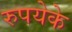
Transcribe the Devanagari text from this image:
रुपयेके